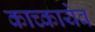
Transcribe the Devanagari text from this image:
काच्कायेव